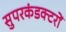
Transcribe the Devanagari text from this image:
सुपरकंडक्टरों